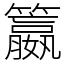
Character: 籝